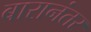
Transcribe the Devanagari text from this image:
बारानंतर